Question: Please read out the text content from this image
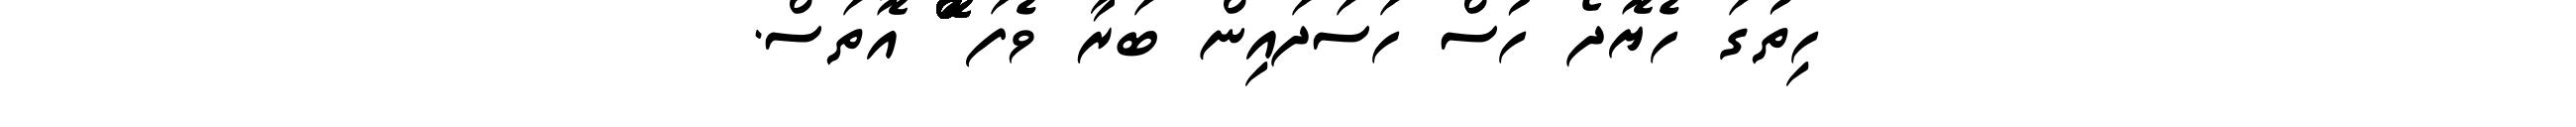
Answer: ހިތުގަ ހެޔޮދޯ ހުސް ހަސަދައިން ބަރާ ވެފަ ްްްްްްްްޮްްްްްްްްްްްްްްްްޮްްްްްްްްްްްްްްްްޮްްްްްްްްްްްްްްްްޮްްްް އޮތަސް.